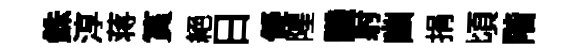
銖淳蒋篔絕日儗隍譏射幽捐頃階